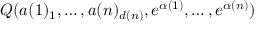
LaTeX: Q ( a ( 1 ) _ { 1 } , \dots , a ( n ) _ { d ( n ) } , e ^ { \alpha ( 1 ) } , \dots , e ^ { \alpha ( n ) } )